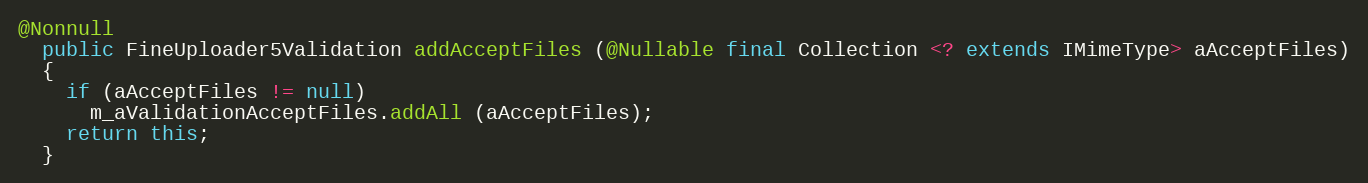
Language: Java
@Nonnull
  public FineUploader5Validation addAcceptFiles (@Nullable final Collection <? extends IMimeType> aAcceptFiles)
  {
    if (aAcceptFiles != null)
      m_aValidationAcceptFiles.addAll (aAcceptFiles);
    return this;
  }